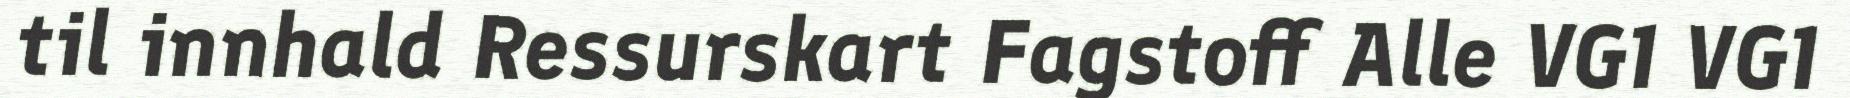
til innhald Ressurskart Fagstoff Alle VG1 VG1